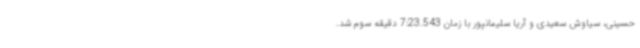
حسینی، سیاوش سعیدی و آریا سلیمانپور با زمان 7:23.543 دقیقه سوم شد.